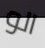
الو